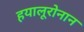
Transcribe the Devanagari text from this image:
हयालूरोनान